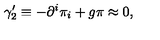
\gamma _ { 2 } ^ { \prime } \equiv - \partial ^ { i } \pi _ { i } + g \pi \approx 0 ,